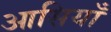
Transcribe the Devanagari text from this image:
आसियाँ